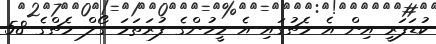
ކުޑަފަރީ އިން އެ މެޗުގައި އެ މީހުންގެ ފުރަތަމަ ގޯލް މެޗްގެ 58